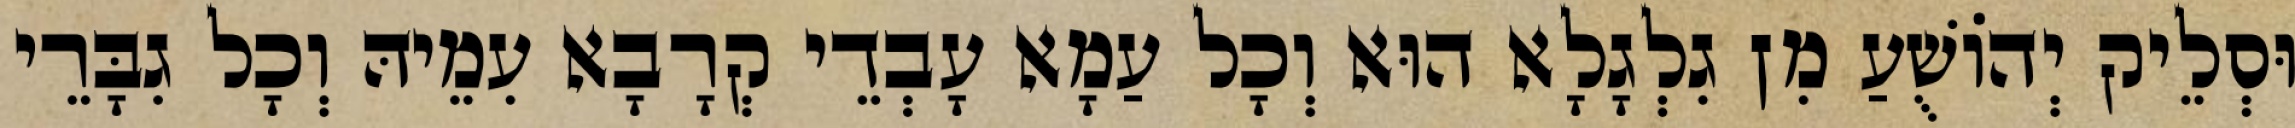
וּסְלֵיק יְהוֹשֻׁעַ מִן גִלְגָלָא הוּא וְכָל עַמָא עָבְדֵי קְרָבָא עִמֵיהּ וְכָל גִבָּרֵי